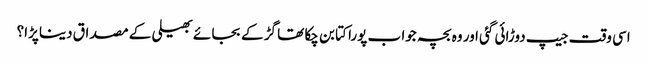
اسی وقت جیپ دوڑائی گئی اور وہ بچہ جوا ب پورا کتا بن چکا تھا گڑ کے بجا ئے بھیلی کے مصداق دینا پڑا؟